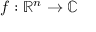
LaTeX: f : \mathbb { R } ^ { n } \to \mathbb { C }